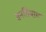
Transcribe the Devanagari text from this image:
वनविश्राम